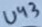
Text: U43